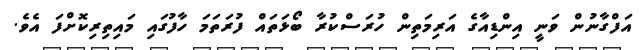
އަފްގާނުން ވަނީ އިންޑިއާގެ އަރިމަތިން ހުރަސްކުރާ ބޯޅަތައް ފުރަތަމަ ހާފުގައި މައިތިރިކޮށްފަ އެވެ.